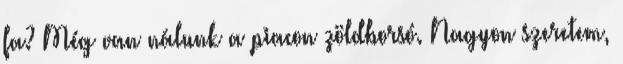
fa? Még van nálunk a piacon zöldborsó. Nagyon szeretem,